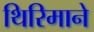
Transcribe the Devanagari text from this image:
थिरिमाने